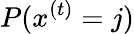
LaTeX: P(x^{(t)}=j)